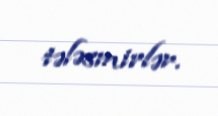
tələsmirlər.